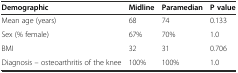
| Demographic | Midline | Paramedian | P value |
 | --- | --- | --- | --- |
 | Mean age (years) | 68 | 74 | 0.133 |
 | Sex (% female) | 67% | 70% | 1.0 |
 | BMI | 32 | 31 | 0.706 |
 | Diagnosis – osteoarthritis of the knee | 100% | 100% | 1.0 |